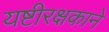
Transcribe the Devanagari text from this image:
यष्टीरक्षकाने